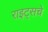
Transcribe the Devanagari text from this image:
राइट्सचे